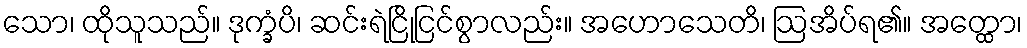
သော၊ ထိုသူသည်။ ဒုက္ခံပိ၊ ဆင်းရဲငြိုငြင်စွာလည်း။ အဟောသေတိ၊ ဩအိပ်ရ၏။ အတ္ထော၊